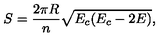
S = \frac { 2 \pi R } { n } \sqrt { E _ { c } ( E _ { c } - 2 E ) } ,